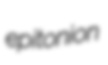
epitonion